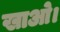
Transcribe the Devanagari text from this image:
खाओ।